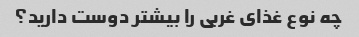
چه نوع غذای غربی را بیشتر دوست دارید؟